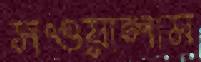
সওয়ালাম